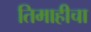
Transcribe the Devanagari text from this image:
तिमाहीचा